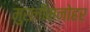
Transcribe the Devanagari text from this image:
मुरलीमनोहर